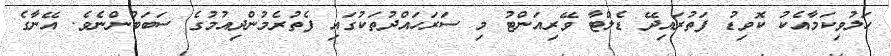
ހަލުވިކަމާއެކު ކޮވިޑު ފަތުރައިދޭ ޑެލްޓާ ވޭރިއަންޓު މި ސަރަހައްދުތަކުގައި ފެތުރެމުންދިއުމުގެ ސަބަބުންނެވެ. އޭނާގެ